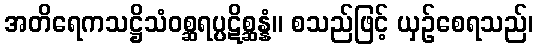
အတိရေကသဋ္ဌိသံဝစ္ဆရပ္ပဋိစ္ဆန္နံ။ စသည်ဖြင့် ယှဉ်စေရသည်၊